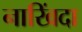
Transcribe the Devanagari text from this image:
नाखिंदा